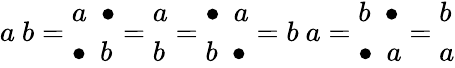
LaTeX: a\ b={\begin{array}{l}{a\ \ \bullet}\\ {\bullet\ \ b}\end{array}}={\begin{array}{l}{a}\\ {b}\end{array}}={\begin{array}{l}{\bullet\ \ a}\\ {b\ \ \bullet}\end{array}}=b\ a={\begin{array}{l}{b\ \ \bullet}\\ {\bullet\ \ a}\end{array}}={\begin{array}{l}{b}\\ {a}\end{array}}